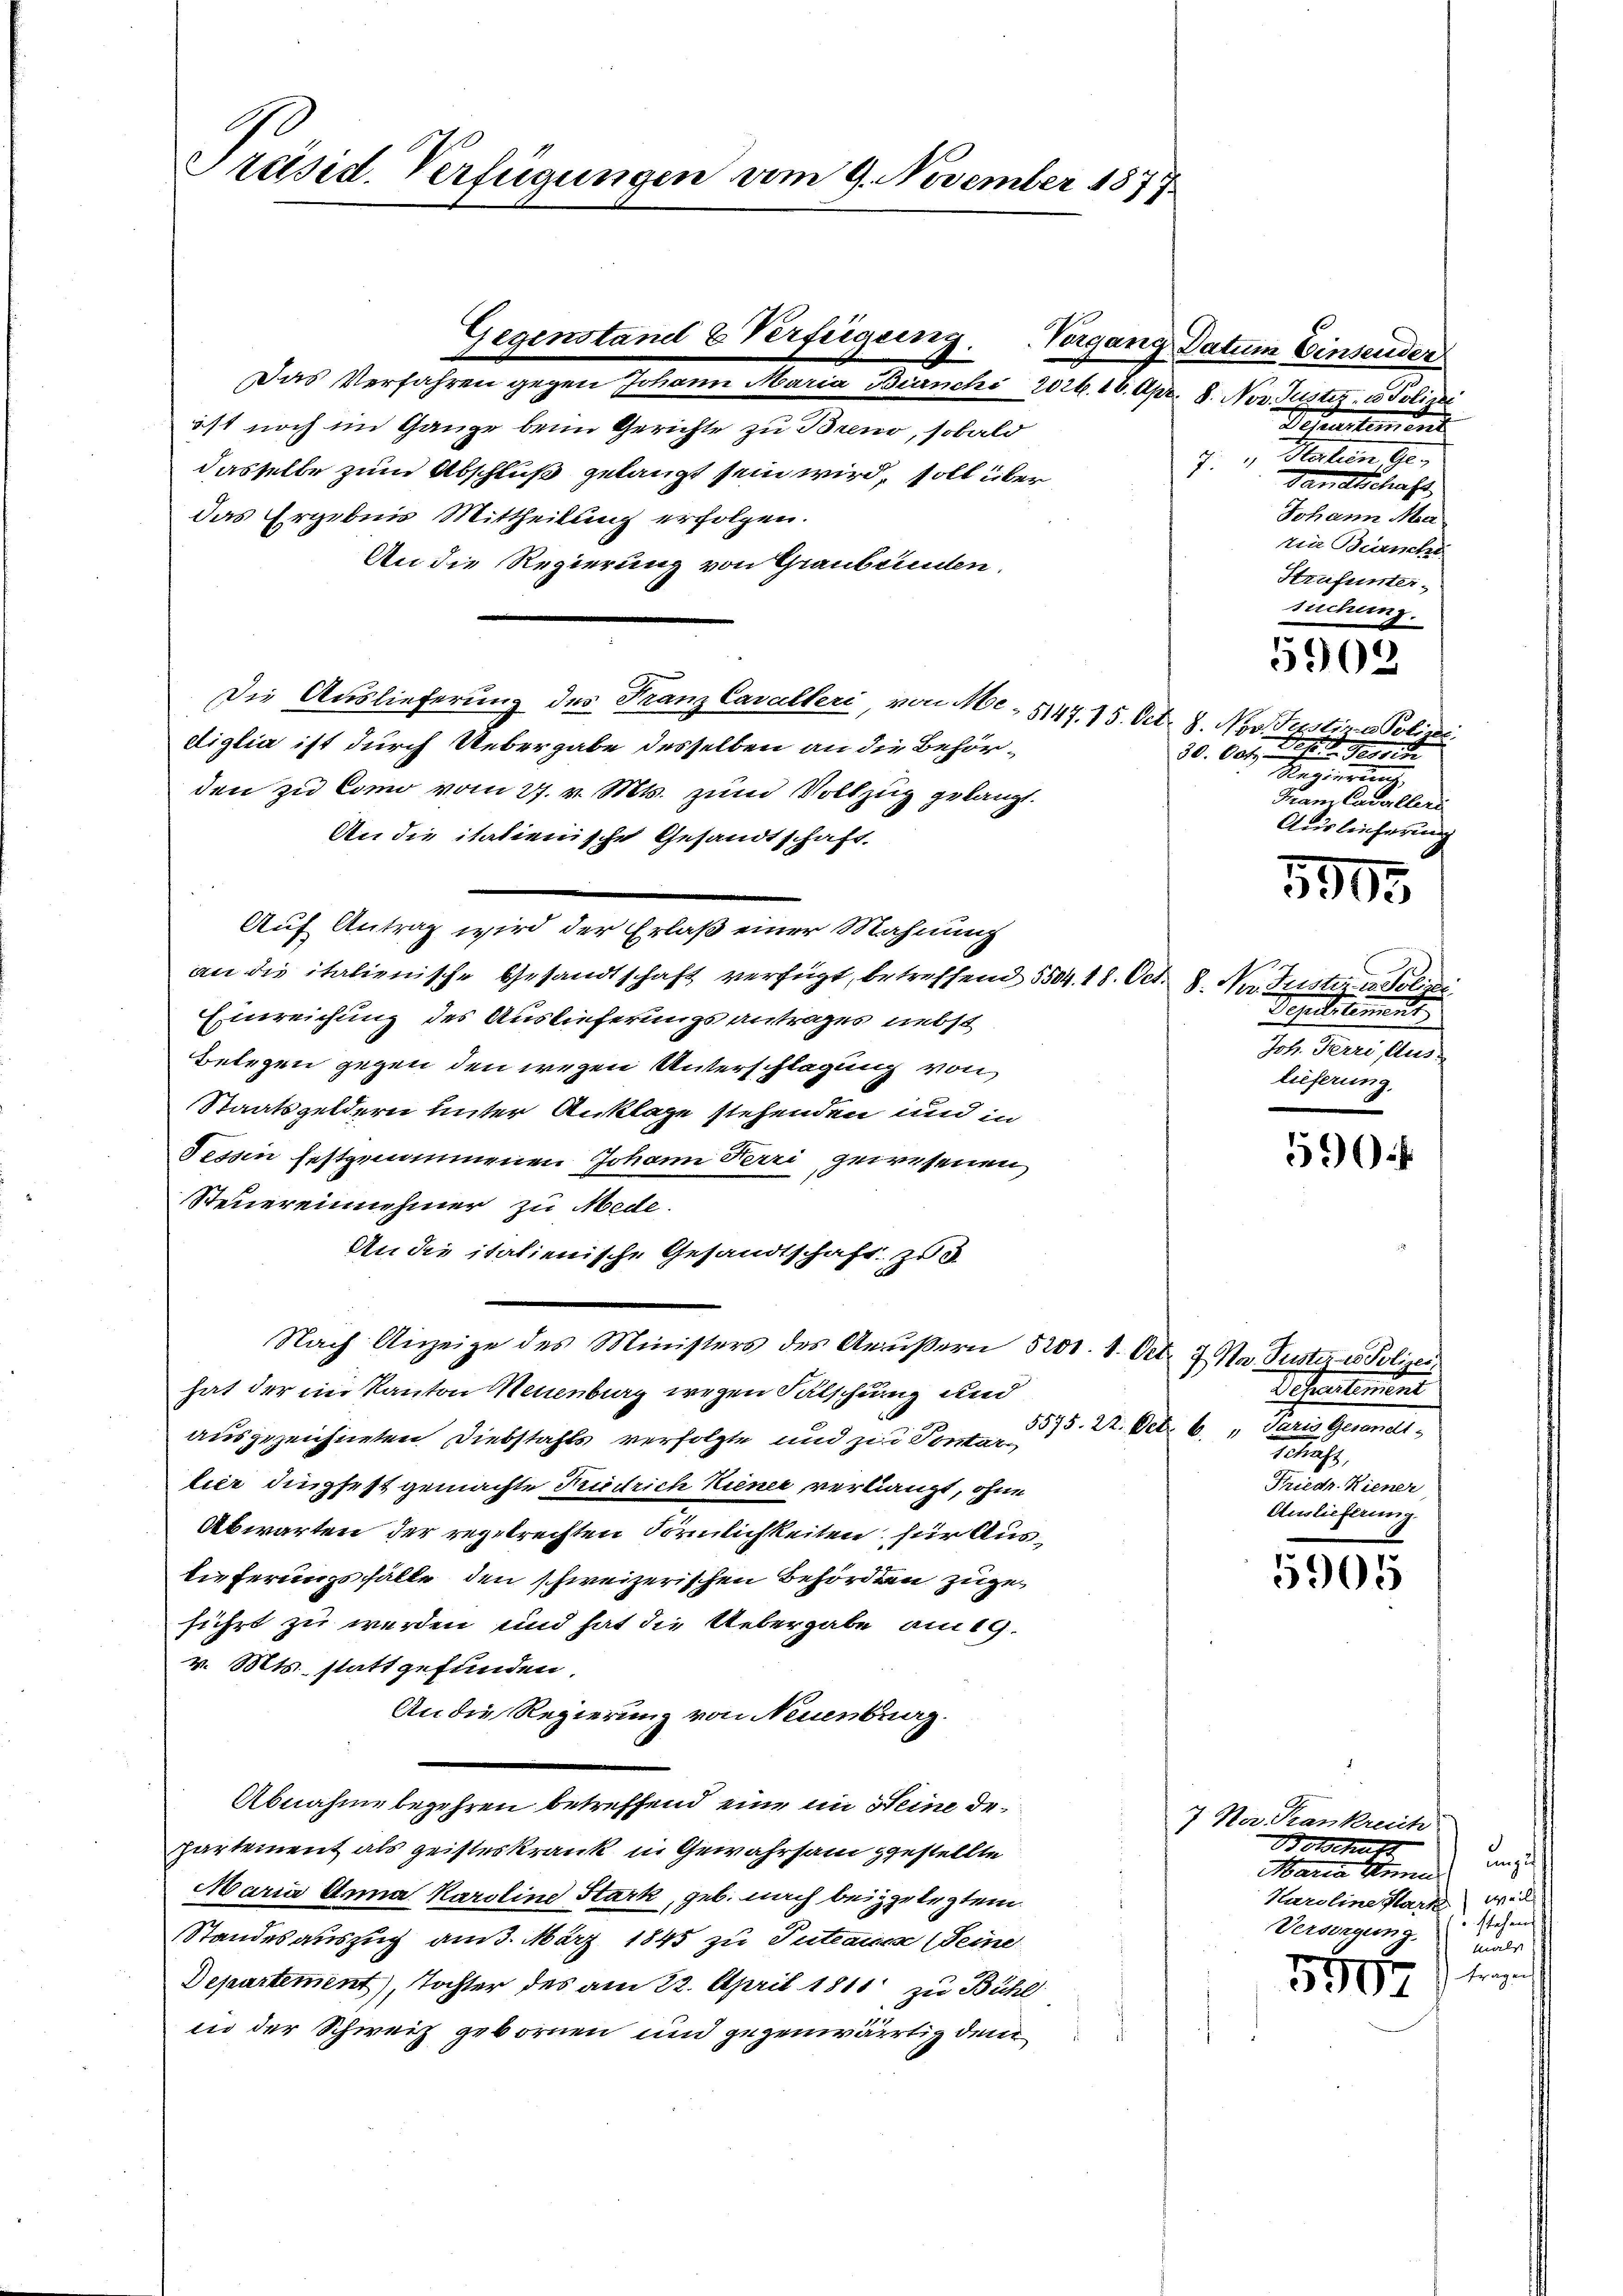
Präsid. Verfügungen vom 9. November 1877.

Das Verfahren gegen Johann Maria Branchi 202. 16. Apr. 8. Nov. Justiz, 1 Polize
ist noch im Gange beim Gerichte zu Breno, sobald
dasselbe zum Abschluß gelangt sein wird, soll über
das Ergebnis Mittheilung erfolgen.
An die Regierung von Graubünden,
Die Auslieferung des Franz Cavalleri, von Me- 5147. 15. Oct. 8. Nov. Justina Polizei
diglia ist durch Uebergabe desselben an die Behörden zu Como vom 27. v. Mts. zum Vollzug gelangt.
Auf Antrag wird der Erlaß einer Mahnung
an die italienische Gesandtschaft verfügt, betreffend 5504. 18. Oct. 8. Na Justiz u. Polizi
Einreichung des Auslieferungsantrages nebst
Belegen gegen den wegen Unterschlagung von
Staatsgeldern unter Anklage stehenden und in
Tessin festgenommenen Johann Terri gewesenen
Steuereinnehmer zu Mede.
An die italienische Gesandtschaft zu d
Nach Anzeige des Ministers des Anŭβern 5201. 1. Oct. 7. Ma Justiz u. Polizeihat der in Kanton Neuenburg irgen Fälschung und
ausgezeichneten Diebstahls verfolgte und zur Sontarlier dingfest gemachte Fridrich Kiener verlangt, ohne
Abwarten der regelrechten Förmlichkeiten, für Auslieferungsfälle den schweizerischen Behörden zugeführt zu werden und hat die Uebergabe am 19.
v. Mts. stattgefunden.
An die Regierung von Neuenburg.
Abnahme begehren betreffend eine in Seine departement als geisteskrank in Gewahrsam gestellte
Maria Anna Karoline Stark, geb. nach beizulegten.
Standesauszug am 3. März 1845 zu Inteau eine
Departement), Tochter des am 22. April 1811 zu Bühl
ind der Schweiz gebornen und gegenwärtig dem

Gegenstand & Verfügung. Vorgang Datum Einsender

An die italienische Gesandtschaft.

Gehrerstement
7. " Hartien, Ge
Gandtschaft
Johann Mar
zia Branche
Strafunter
suchung.

30. Oct. 21. No. 18
Regierung
Franz Cavallers
Auslieferung

5902

5503.

Departement
Joh. Ferri, Auslieferung

590.

Gralement
5575. 22. Detr. 6. „Paris Gesandt
Schaft,
Friedr. Hiener
Auslieferung.

.

G
7 Na. Krankreich
Botschaft
uni
Maria Kenn
Haroline Park) weil
stehen
Verdingung als
Fragen
5907